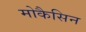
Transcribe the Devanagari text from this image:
मोकैसिन